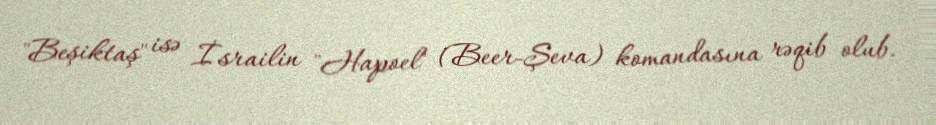
"Beşiktaş" isə İsrailin "Hapoel" (Beer-Şeva) komandasına rəqib olub.